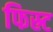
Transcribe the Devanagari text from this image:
फिस्र्ट